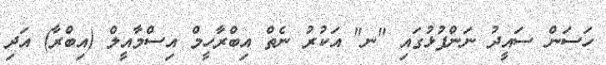
ހަސަން ސައީދު ނަންފުޅުގައި "ނ" އަކުރު ނެތް އިބްރާހީމް އިސްމާއީލް (އިބްރާ) އަދި